Leningradi_Edasi_toimetus, lk 30
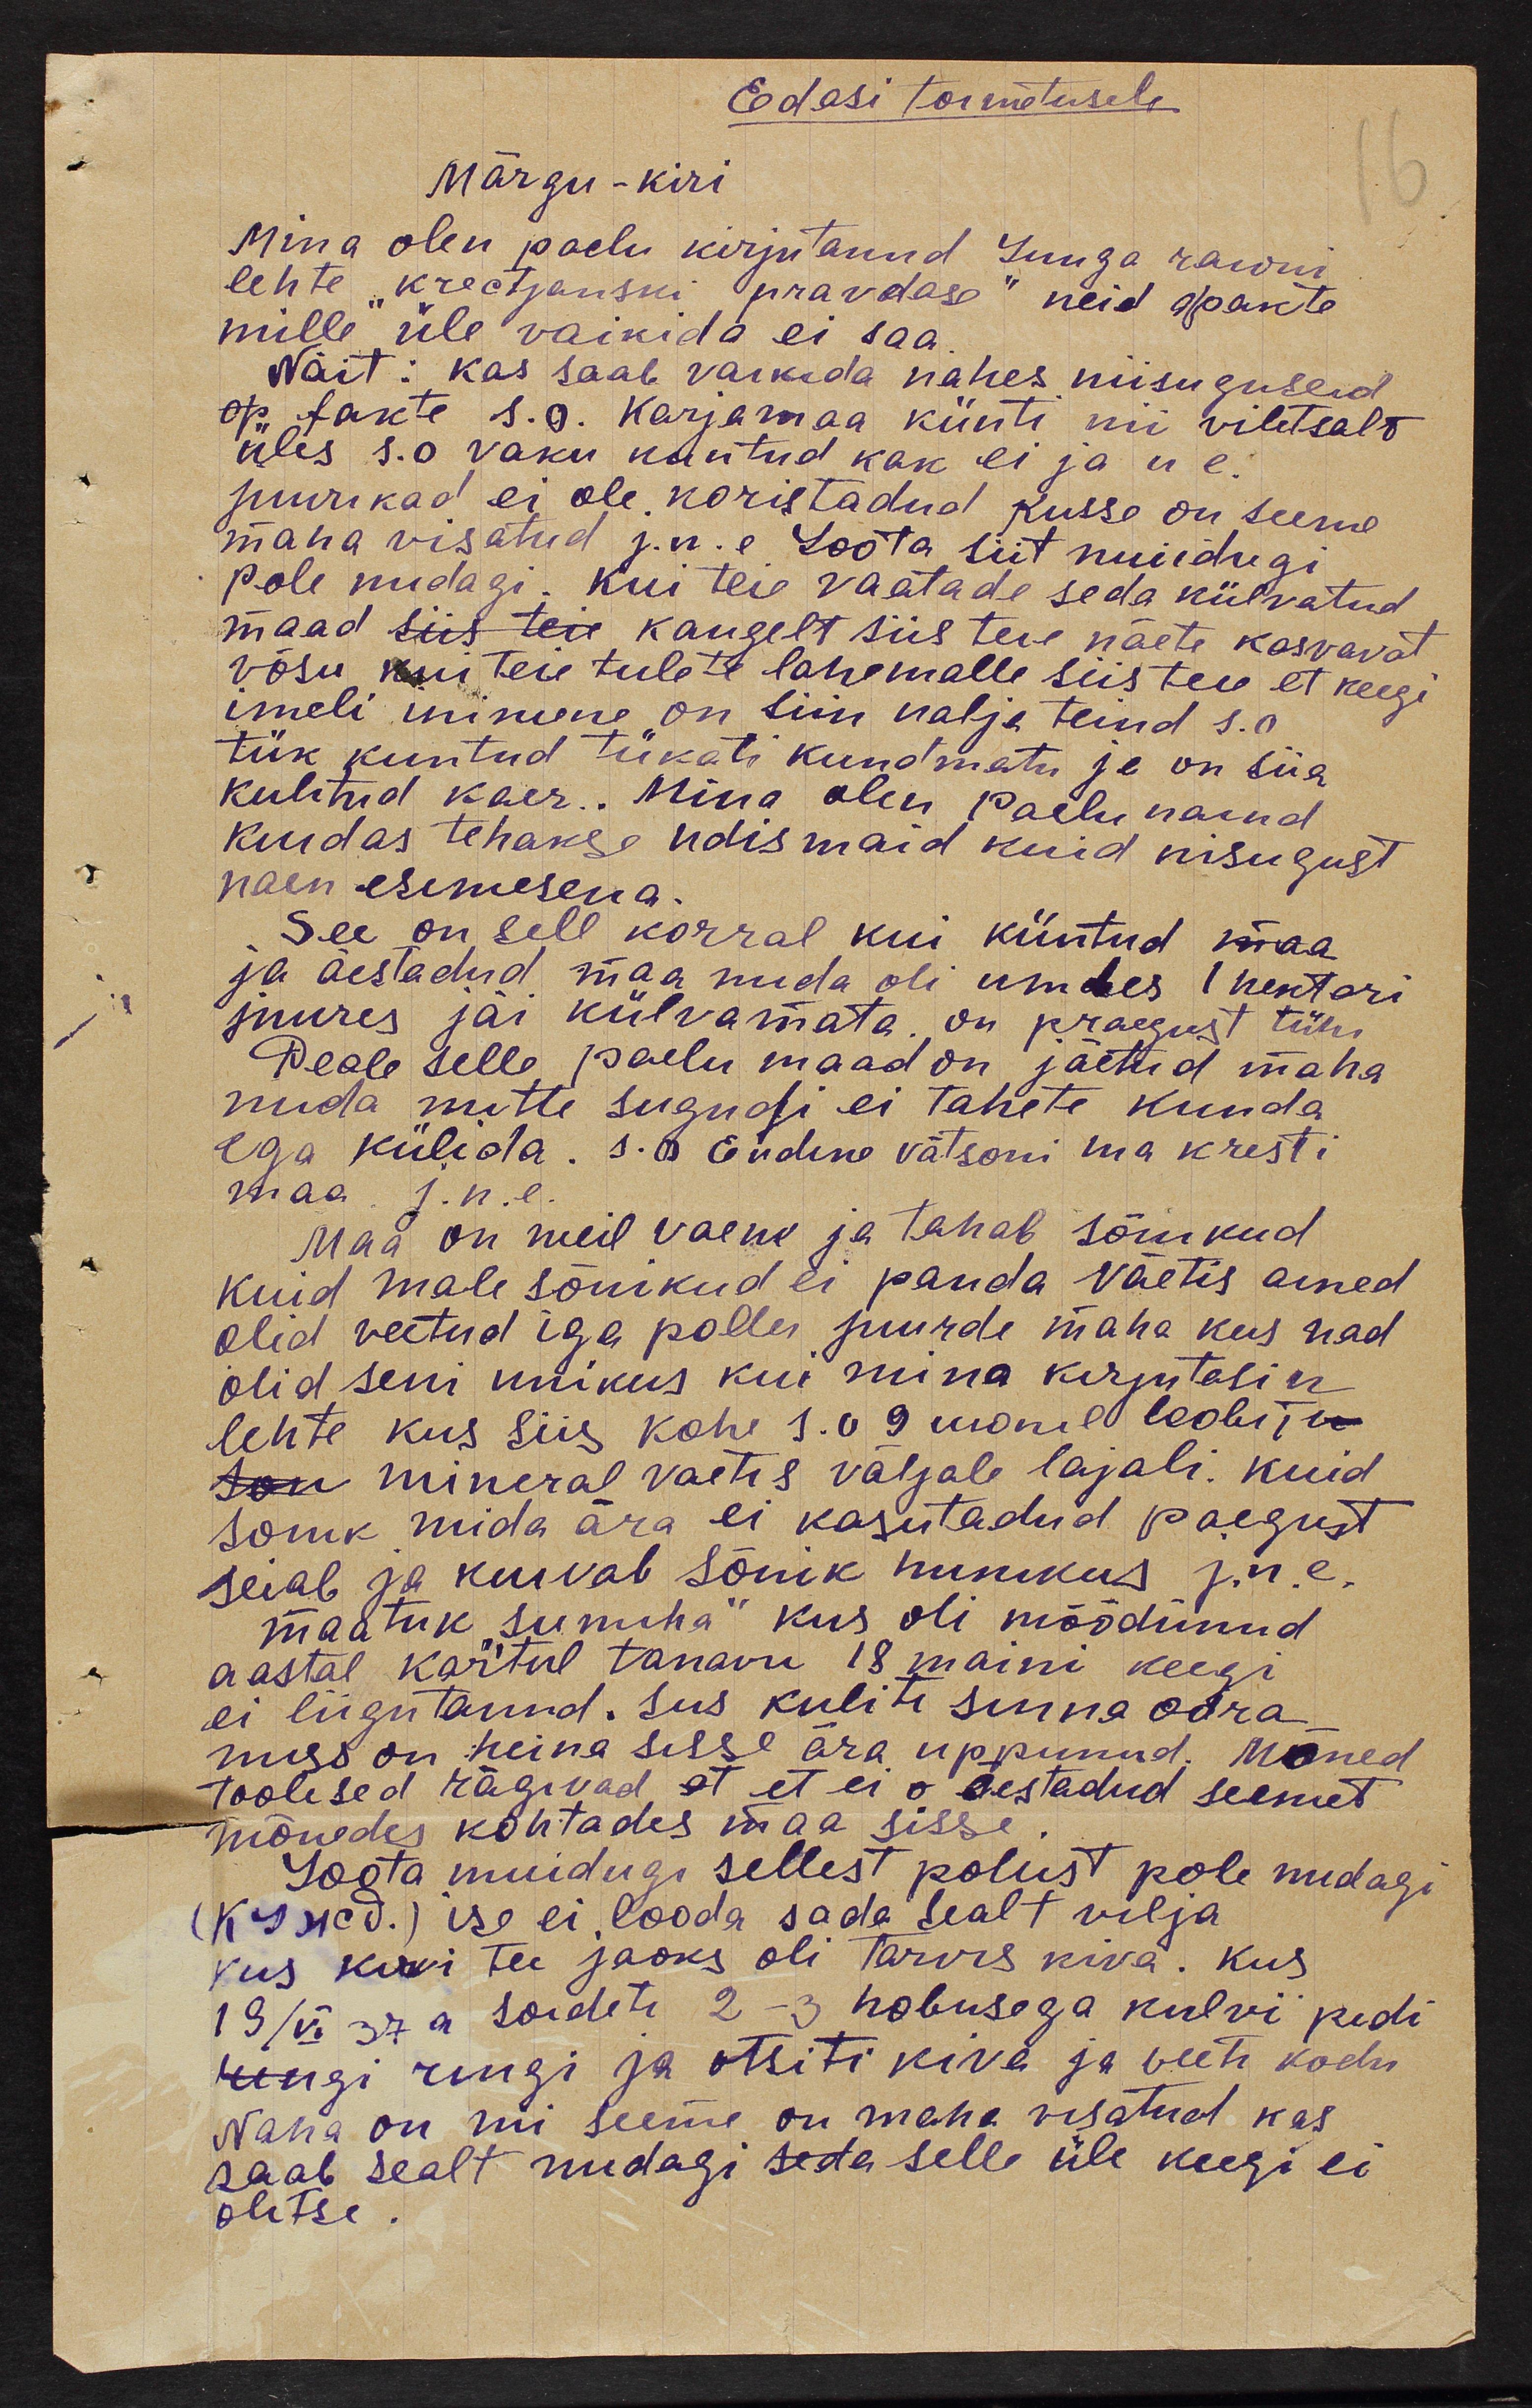
Eodasi toimetusele
Märgu-kiri
16
Mina olen paelu kirjutanud Luuga raioni
lehte krectjanski pravdase" neid xakte
mille üle vaikida ei saa
Näit: kas saab vaikida nahes niisuguseid
fakte s.o. Karjamaa künti nii viletsalt
üles s.o vaku kuntud kak ei ja u e.
juurikad ei ole koristadud kusse on seeme
maha visatud j.n.e Loota siit muidugi
pole midagi. Kui teie vaatade seda külvatud
maad kaugelt siis teie näete kasvavat
võsu kui teie tulete lahemalle siis teie et keegi
imeli inimene on siin nalja teind s.o.
tük kuntud tükati kundmatu ja on siia
kulitud kaer.. Mina olen paelu naind
kuidas tehakse udismaid kuid nisugust
naen esimesena.
See on sell korral kui küntud maa
ja äestadud maa mida oli umbes 1 hektari
juures jäi külvamata on praegust tühi
Peale selle paelu maad on jäetud maha
mida mitte sugugi ei tahete kunda
ega külida. s.o Endine vätsoni ma kresti
maa j.n.e.
maa on meil vaene ja tahab sõnikud
kuid male sõnikud ei panda väetis ained
olid veetud iga pollu juurde maha kus nad
olid seni unikus kui mina kirjutasin
lehte kus siis kohe s. o 9 uxnil loobiti
mineral vaetis väljale lajali. Kuid
sonik mida ära ei kasutadud paegust
seiab ja kuivab sõnik hunikus j.n.e.
maatuk "sumiha", kus oli möödunud
aastal kartul tanavu18 maini keegi
ei liigutanud. Siis kuliti sinna odra
miss on heina sisse ära uppunud. Mõned
toolised rägivad, et ei o äestadud seemet
mõnedes kohtades maa sisse
Loota muidugi sellest polust pole midagi
(Künd.) ise ei looda sada sealt vilja
kus kivi tee jaoks oli tarvis kiva. Kus
19/VI 37 a sõideti 2-3 hobusega kulvi pidi
ringi ja otsiti kiva ja veeti kodu
Naha on nii seeme on maha visatud kas
saab sealt midagi selle üle keegi ei
olitse.